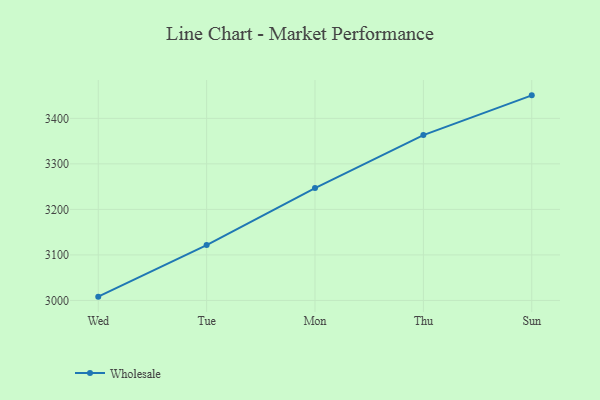
{"axis": {"x": "Day", "y": "Bounce Rate (%)"}, "legend": ["Wholesale"], "data": [{"x": "Wed", "y": 3008.3, "type": "Wholesale"}, {"x": "Tue", "y": 3121.6, "type": "Wholesale"}, {"x": "Mon", "y": 3246.9, "type": "Wholesale"}, {"x": "Thu", "y": 3363.2, "type": "Wholesale"}, {"x": "Sun", "y": 3450.5, "type": "Wholesale"}]}